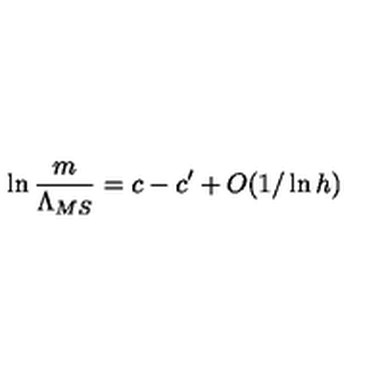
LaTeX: \ln \frac { m } { \Lambda _ { M S } } = c - c ^ { \prime } + O ( 1 / \ln h )